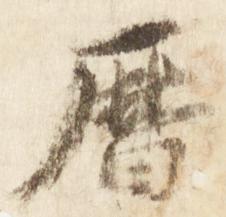
暦